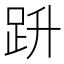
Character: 𧿘